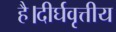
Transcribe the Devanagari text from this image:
है।दीर्घवृत्तीय